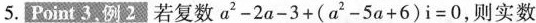
5._Point 3.例2若复数$$a^{2}-2a-3+(a^{2}-5a+6)i=0$$,则实数